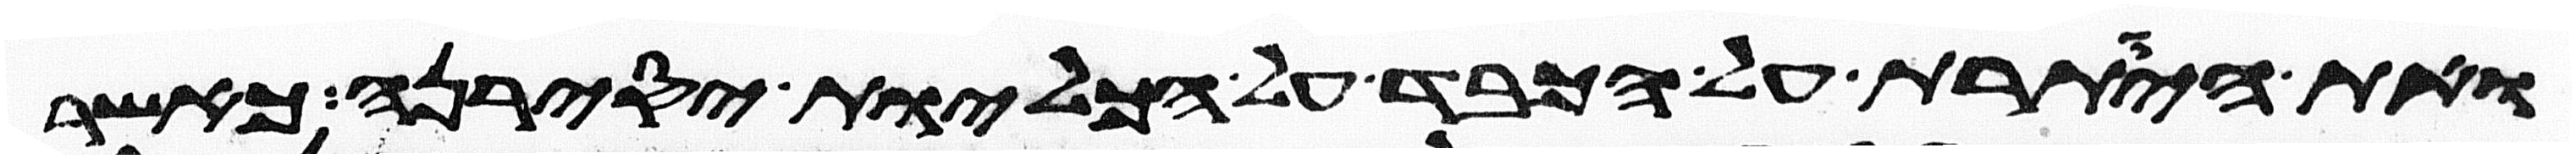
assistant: ואת היותרת על הכבד על הכליות יסירנה כאשר